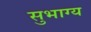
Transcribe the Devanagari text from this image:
सुभाग्य